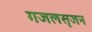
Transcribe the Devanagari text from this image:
गजलसृजन